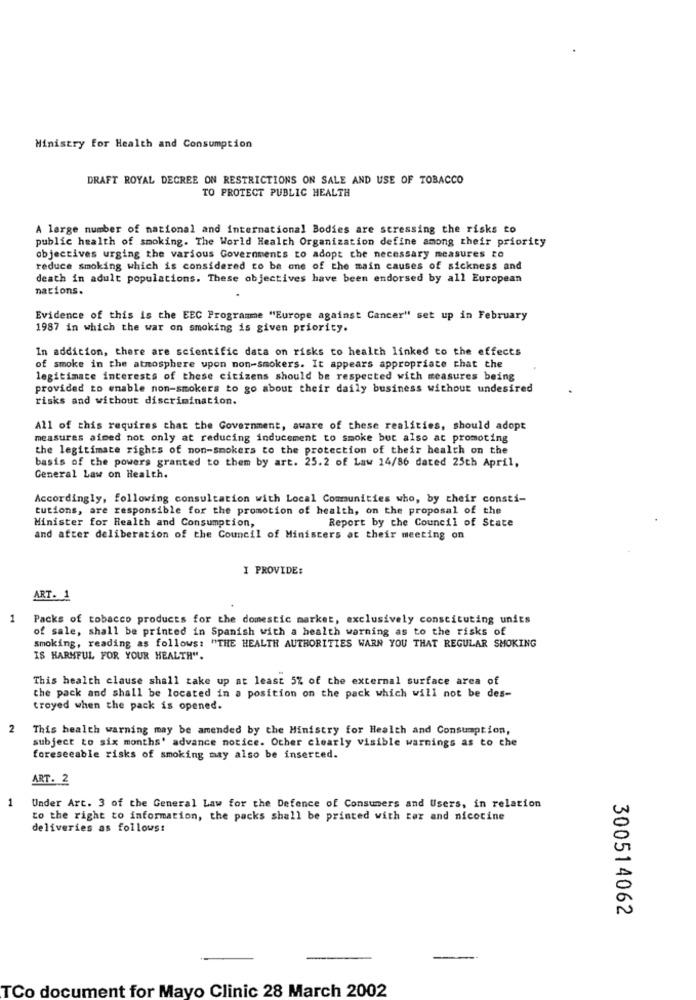
Ministry for Health and Consumption
DRAFT ROYAL DECREE ON RESTRICTIONS ON SALE AND USE OF TOBACCO
TO PROTECT PUBLIC HEALTH
A large number of national and international Bodies are stressing the risks to
public health of smoking. The World Health Organization define among their priority
objectives urging the various Governments to adopt che necessary measures to
reduce smoking which is considered to be one of the main causes of sickness and
death in adult populations. These objectives have been endorsed by all European
nations.
Evidence of this is the EEC Programme "Europe against Cancer" set up in February
1987 in which the war on smoking is given priority.
In addition, there are scientific data on risks to health linked to the effects
of smoke in the atmosphere upon non-smokers. It appears appropriate that the
legitimate interests of these citizens should be respected with measures being
provided to enable non-smokers to go about their daily business without undesired
risks and without discrimination.
All of this requires that the Government, aware of these realities, should adopt
measures aimed not only at reducing inducement to smoke but also at promoting
the legitimate rights of non-smokers to the protection of their health on the
basis of the powers granted to them by art. 25.2 of Law 14/86 dated 25th April,
General Law on Health.
Accordingly, following consultation with Local Communities who, by their consti-
tutions, are responsible for the promotion of health, on the proposal of the
Minister for Health and Consumption,
Report by the Council of State
and after deliberation of the Council of Ministers at their meeting on
I PROVIDE:
ART. 1
1
Packs of tobacco products for the domestic market, exclusively constituting units
of sale, shall be printed in Spanish with a health warning as to the risks of
smoking, reading as follows: "THE HEALTH AUTHORITIES WARN YOU THAT REGULAR SMOKING
IS HARMFUL FOR YOUR HEALTH".
This health clause shall take up at least 5% of the external surface area of
the pack and shall be located in a position on the pack which will not be des-
troyed when the pack is opened.
2
This health warning may be amended by the Ministry for Health and Consumption,
subject to six months' advance notice. Other clearly visible warnings as to the
foreseeable risks of smoking may also be inserted.
ART. 2
1
Under Art. 3 of the General Law for the Defence of Consumers and Users, in relation
to the right to information, the packs shall be printed with ter and nicotine
deliveries as follows:
300514062
TCo document for Mayo Clinic 28 March 2002